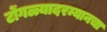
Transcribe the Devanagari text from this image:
टोंगळ्यादरम्यानचा